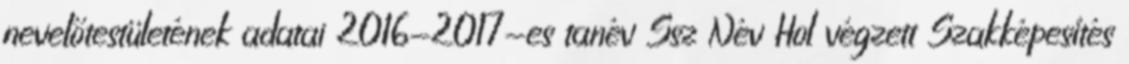
nevelőtestületének adatai 2016-2017-es tanév Ssz Név Hol végzett Szakképesítés